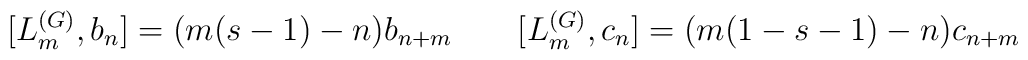
[L^{(G)}_m,b_n]=(m(s-1)-n)b_{n+m} \qquad  [L^{(G)}_m,c_n]=(m(1-s-1)-n)c_{n+m}